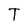
Character: T